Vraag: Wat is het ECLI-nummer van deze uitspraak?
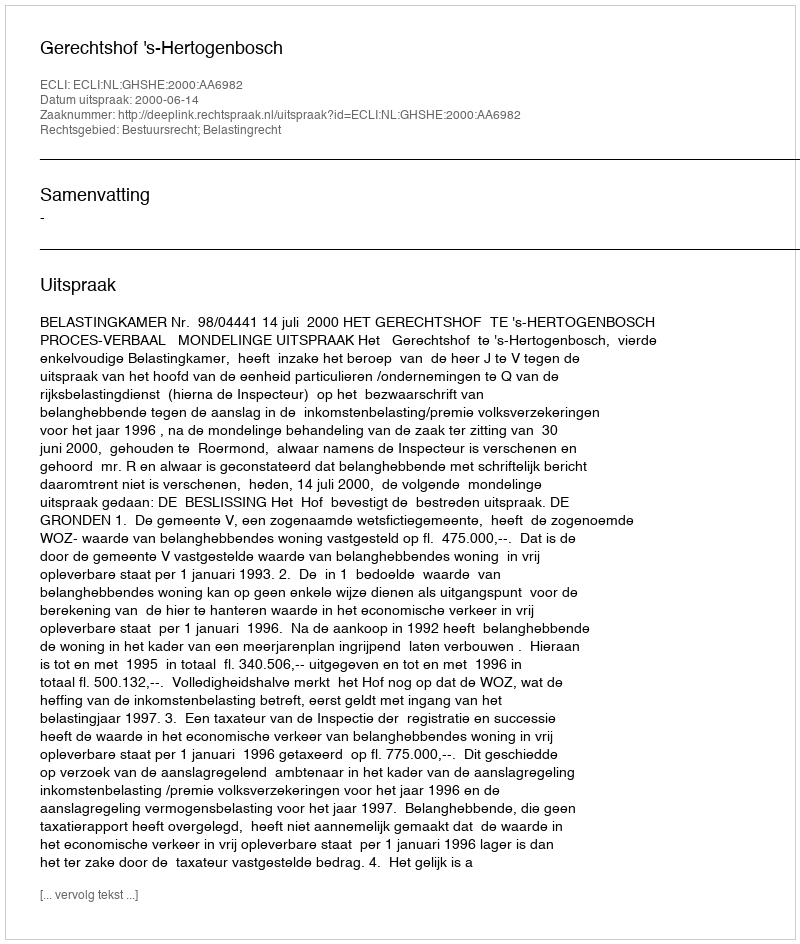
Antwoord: ECLI:NL:GHSHE:2000:AA6982